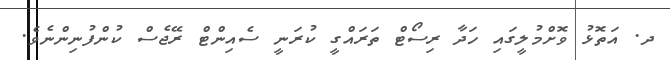
ދ. އަތޮޅު ވޮށްމުލީގައި ހަދާ ރިސޯޓް ތަަރައްގީ ކުރަނީ ސެއިންޓް ރޭޖެސް ކުންފުނިންނެވެ.